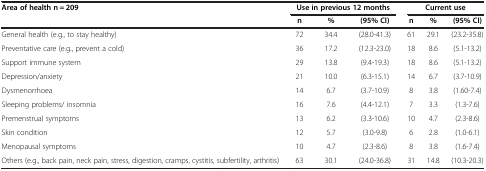
<table><thead><tr><td rowspan="2"><b>Area of health n = 209</b></td><td colspan="3"><b>Use in previous 12 months</b></td><td colspan="3"><b>Current use</b></td></tr><tr><td><b>n</b></td><td><b>%</b></td><td><b>(95% CI)</b></td><td><b>n</b></td><td><b>%</b></td><td><b>(95% CI)</b></td></tr></thead><tbody><tr><td>General health (e.g., to stay healthy)</td><td>72</td><td>34.4</td><td>(28.0-41.3)</td><td>61</td><td>29.1</td><td>(23.2-35.8)</td></tr><tr><td>Preventative care (e.g., prevent a cold)</td><td>36</td><td>17.2</td><td>(12.3-23.0)</td><td>18</td><td>8.6</td><td>(5.1-13.2)</td></tr><tr><td>Support immune system</td><td>29</td><td>13.8</td><td>(9.4-19.3)</td><td>18</td><td>8.6</td><td>(5.1-13.2)</td></tr><tr><td>Depression/anxiety</td><td>21</td><td>10.0</td><td>(6.3-15.1)</td><td>14</td><td>6.7</td><td>(3.7-10.9)</td></tr><tr><td>Dysmenorrhoea</td><td>14</td><td>6.7</td><td>(3.7-10.9)</td><td>8</td><td>3.8</td><td>(1.60-7.4)</td></tr><tr><td>Sleeping problems/ insomnia</td><td>16</td><td>7.6</td><td>(4.4-12.1)</td><td>7</td><td>3.3</td><td>(1.3-7.6)</td></tr><tr><td>Premenstrual symptoms</td><td>13</td><td>6.2</td><td>(3.3-10.6)</td><td>10</td><td>4.7</td><td>(2.3-8.6)</td></tr><tr><td>Skin condition</td><td>12</td><td>5.7</td><td>(3.0-9.8)</td><td>6</td><td>2.8</td><td>(1.0-6.1)</td></tr><tr><td>Menopausal symptoms</td><td>10</td><td>4.7</td><td>(2.3-8.6)</td><td>8</td><td>3.8</td><td>(1.6-7.4)</td></tr><tr><td>Others (e.g., back pain, neck pain, stress, digestion, cramps, cystitis, subfertility, arthritis)</td><td>63</td><td>30.1</td><td>(24.0-36.8)</td><td>31</td><td>14.8</td><td>(10.3-20.3)</td></tr></tbody></table>